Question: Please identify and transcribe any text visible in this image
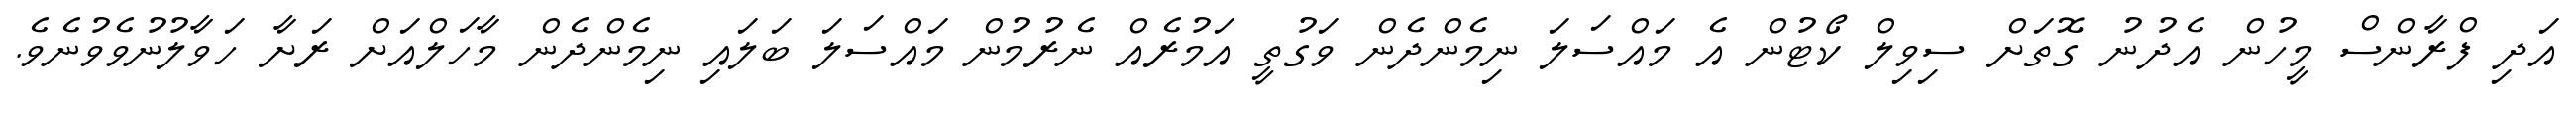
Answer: އަދި ފްރާންސް މީހުން އެދުނު ގޮތަށް ސިވިލް ކޯޓުން އެ މައްސަލަ ނިމެންދެން ވަގުތީ އަމުރެއް ނެރުމުން މައްސަލަ ބަލައި ނިމެންދެން މާހަލްއަށް ރަށާ ހަވާލުނުވެވުނެވެ.